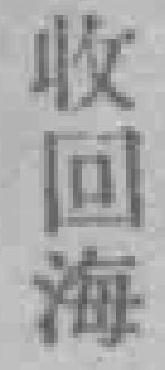
收回海